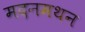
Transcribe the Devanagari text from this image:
मदनमथन